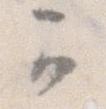
可